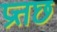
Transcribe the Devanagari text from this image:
प्रत्तछ